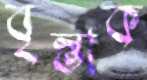
বৃন্তাক